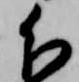
分